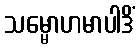
သမ္မောဟမာပါဒိံ